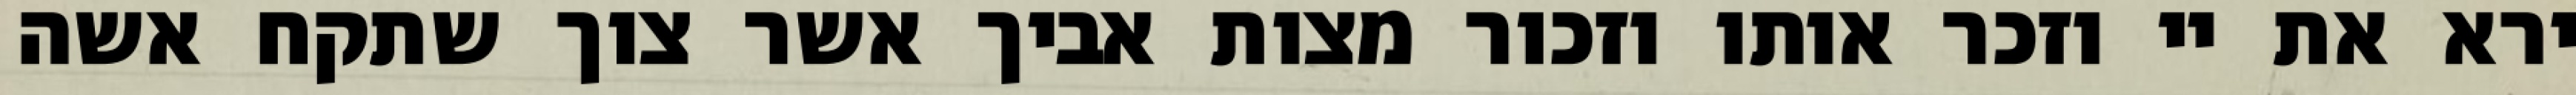
ירא את יי וזכר אותו וזכור מצות אביך אשר צוך שתקח אשה